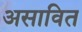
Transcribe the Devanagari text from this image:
असावित